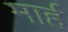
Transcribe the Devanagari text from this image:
मार्ह